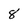
Character: 8